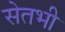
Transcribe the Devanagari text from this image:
सेतभी